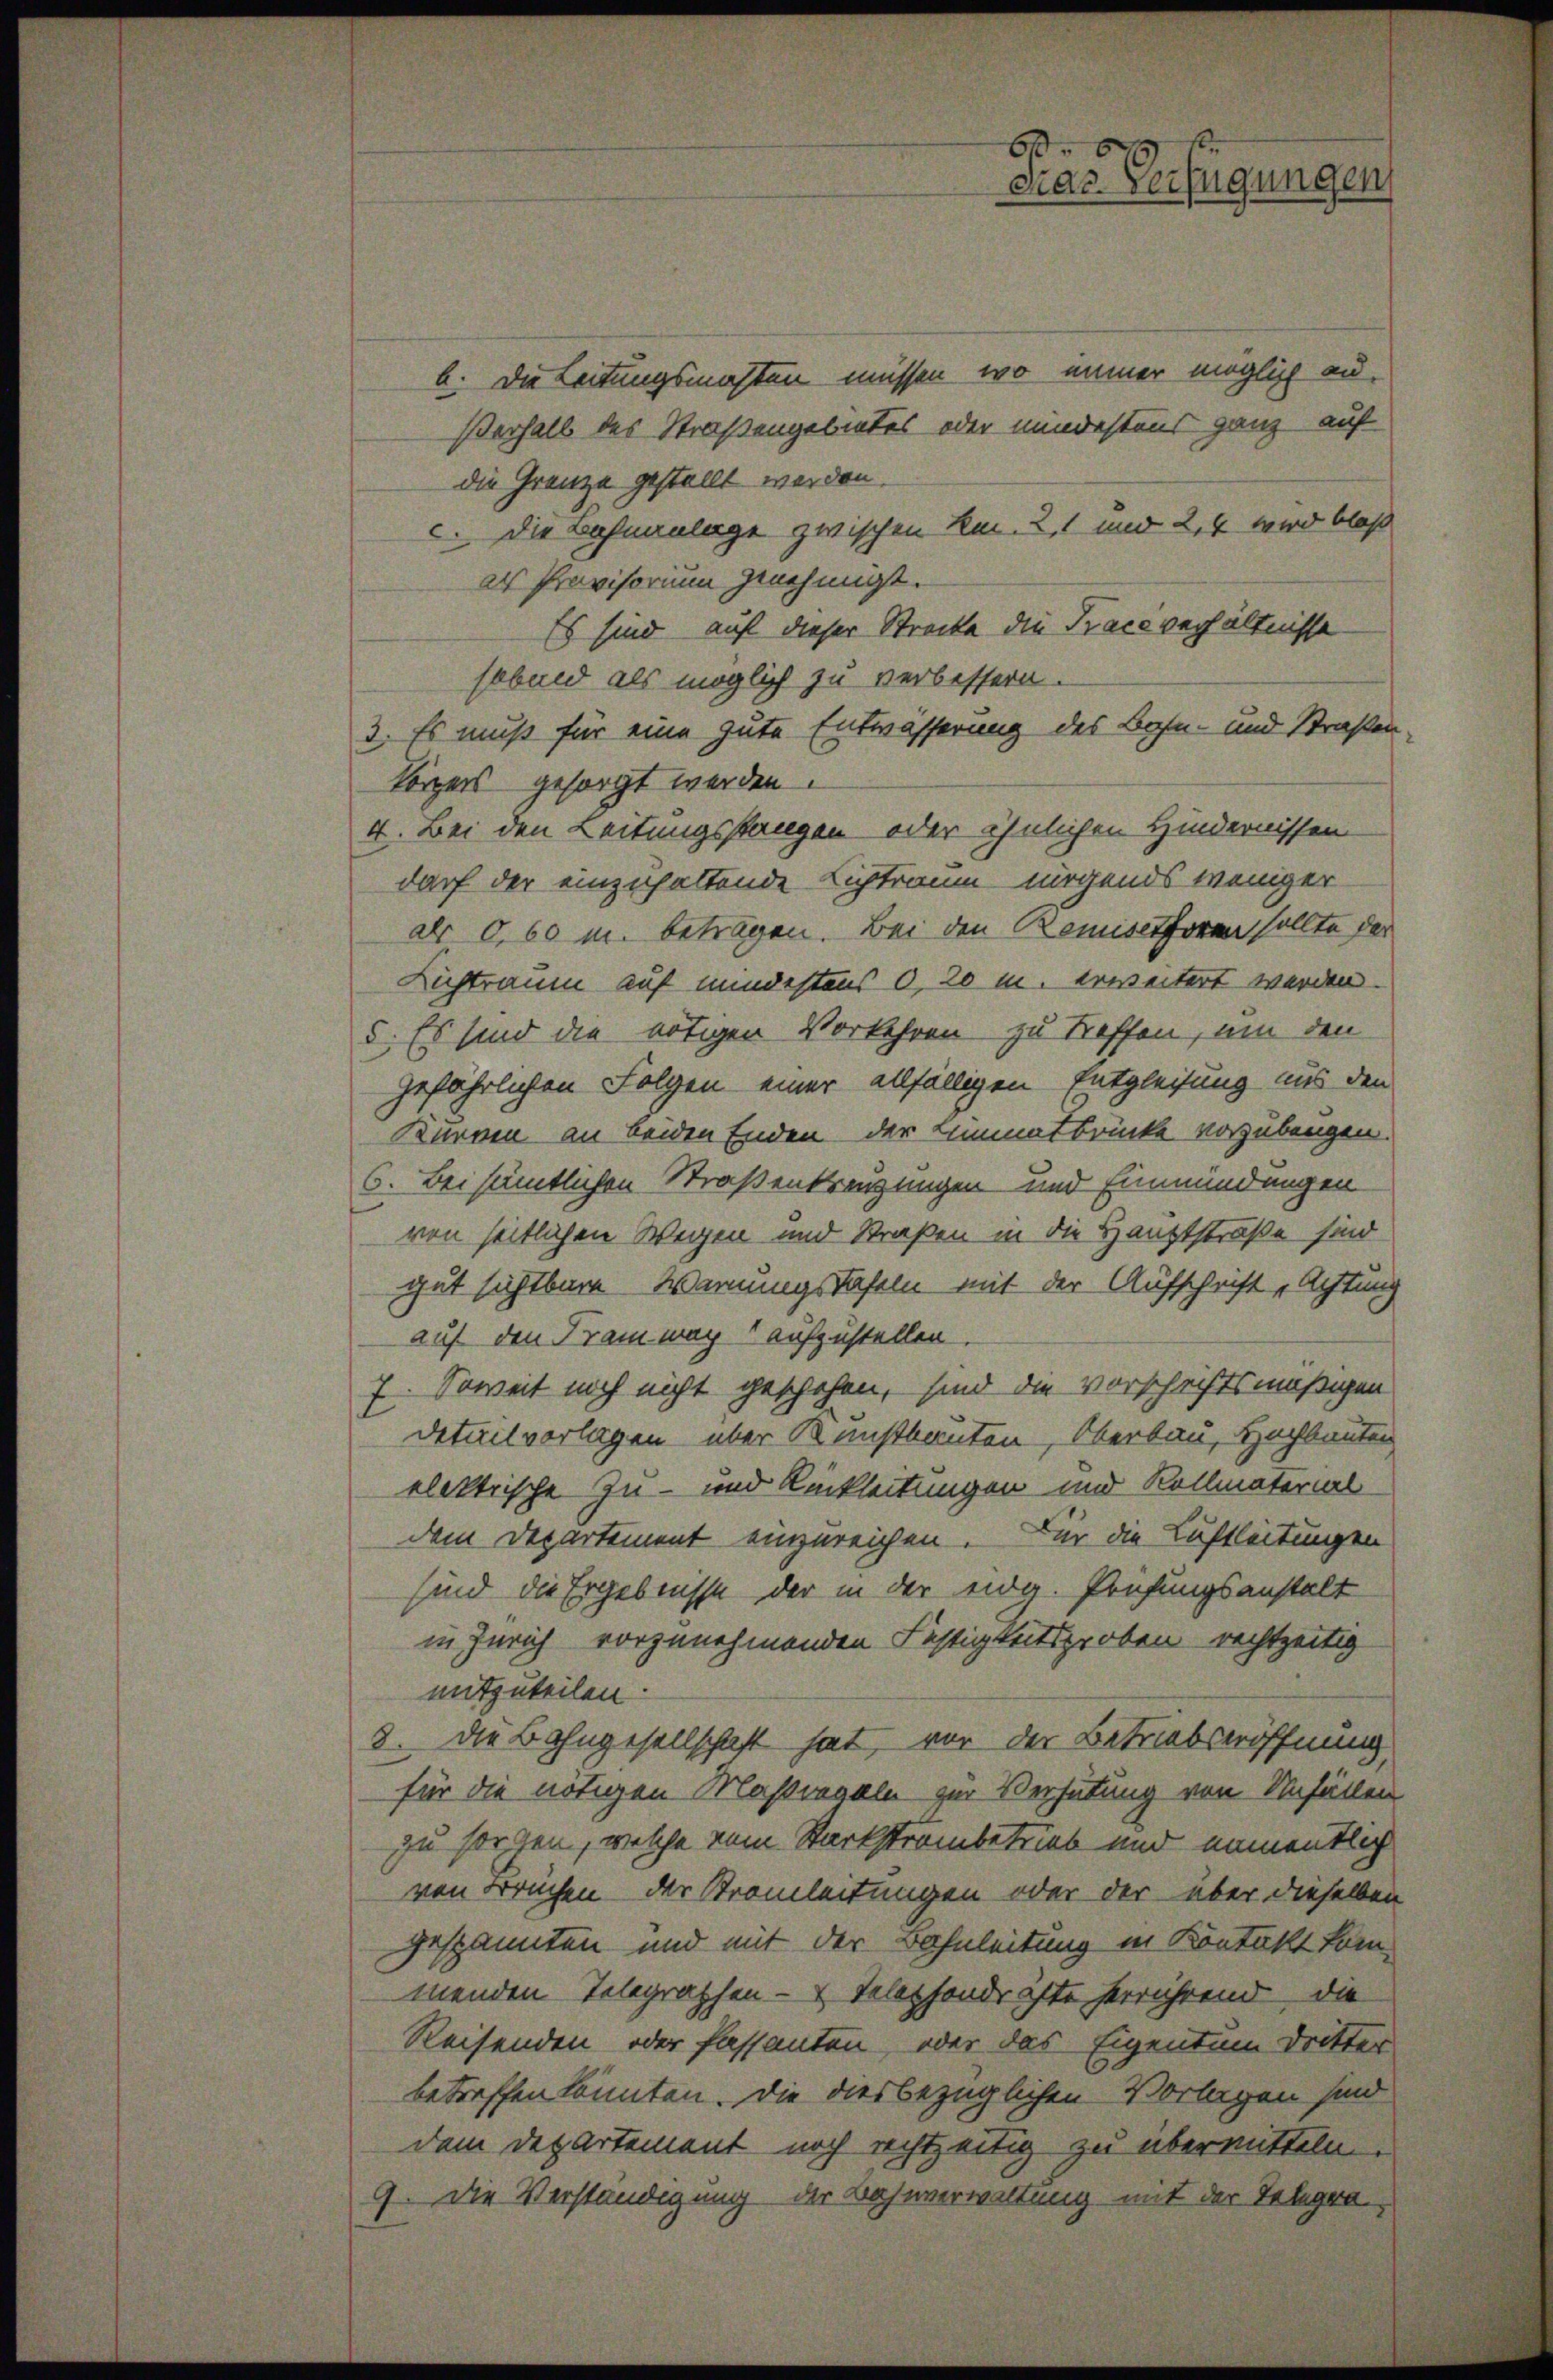
cias Verfügungen

b. Die Leitungsmachten müssen, wo immer möglich au¬
Verhalb des Straßengebietes oder mindestens ganz auf
die Grenze gestellt werden.
c. Die Bahnanlage zwischen Rec. 2, und 2,4 wird bloß
als Provisorium genehmigt.
Es sind auf dieser Strecke die Tracéverhältnisse
sobald als möglich zu verbessern.
3. Es muß für eine gute Entwässerung des Bahn- und Straßen-
körpers gesorgt werden.
4. Bei den Leitungsstangen oder ähnlichen Hindernissen
darf der einzuhaltende Lichtraum nirgends weniger
als 0,60 M. beträgen. Bei den Bemischoren sollte der
Lichtraum auf mindestens 0, 20 m. erweitert werden.
5. Es sind die nötigen Vorkehren zu treffen, um den
gefährlichen Folgen einer allfälligen Entgleitung aus den
Kurven an beiden Enden der Limmatbrücke vorzubeugen.
6. Bei sämtlichen Straßenkreuzungen und Einmündungen
von seitlichen Wegen und Straßen in die Hauptstraße sind
gut sichtbare Warnungstafeln mit der Aufschrift „Achtung
auf den Frau macht aufzustellen.
7. Soweit noch nicht geschehen, sind die Vorschriftsmäßigen
detailvorlagen über Kunstbauten, Oberbau, Hochbauten
elektrische Zu- und Ruckleitungen und Kollmaterial
dem Departement einzureichen. Für die Luftleitungen
sind die Ergebnisse der in der eidg. Prüfungsanstalt
in Zürich vorzunehmenden Festigkeitsproben rechtzeitig
mitzuteilen:
8. Die Bahngesellschaft hat, vor der Betriebseröffnung,
für die nötigen Maßregeln zur Verhütung von Unfällen
zu sorgen, welche vom Starkstrambetrieb und namentlich
von Bruchen der Stromleitungen oder der über dieselben
gespannten und mit der Bahnleitung in Kontakt kom-
menden Telegraphen- & Telephondrohte herrührend, die
Reisenden oder Passanten, oder das Eigentum Dritter
betreffen könnten. Die diesbezüglichen Vorlagen sind
dem Departement noch rechtzeitig zu übermitteln.
9. Die Verständigung der Bahnverwaltung mit der Telegra